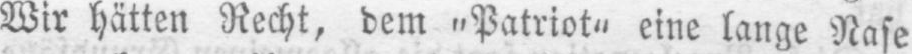
Wir hätten Recht, dem „Patriot“ eine lange Rase